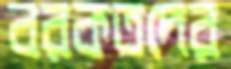
বরকতদের